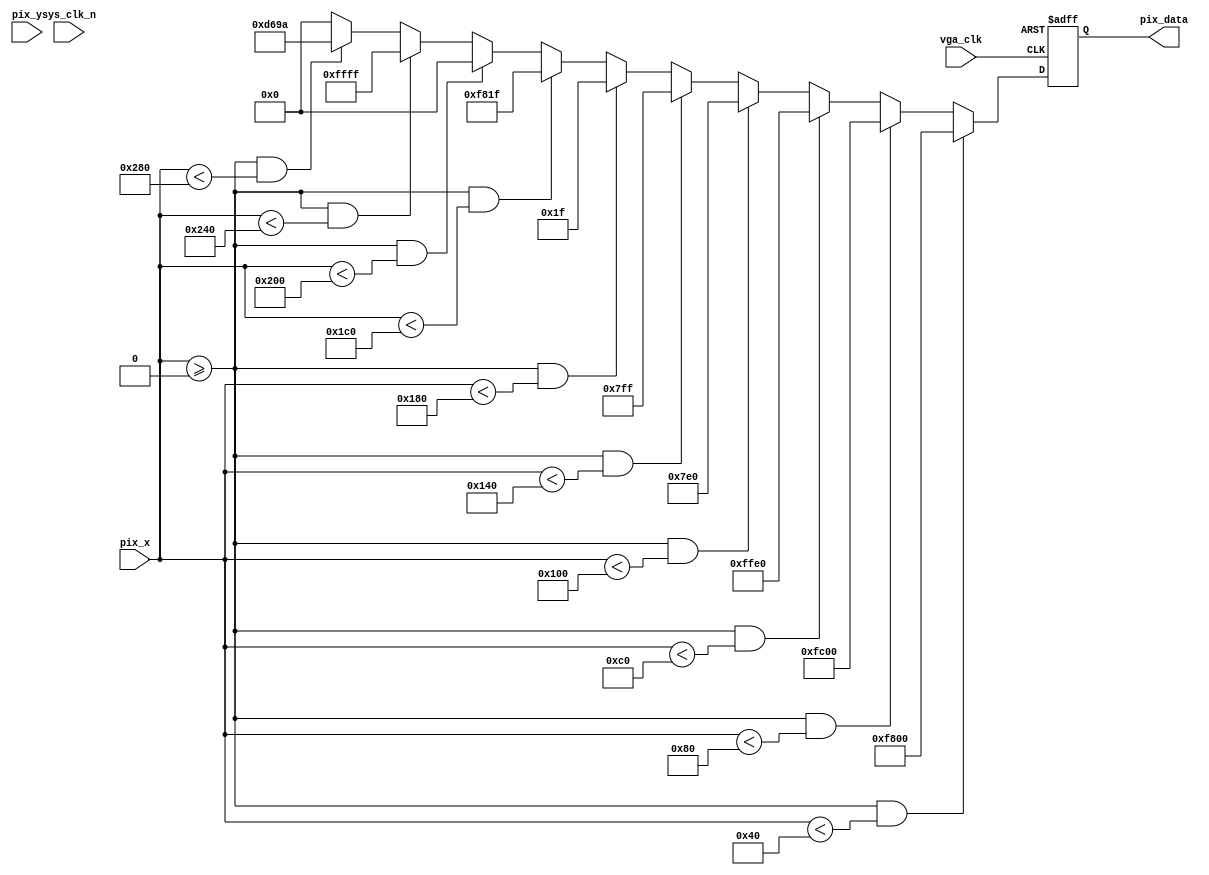
module color_bar(
input   wire            vga_clk,
input   wire            sys_clk_n,
input   wire    [9:0]   pix_x,
input   wire    [9:0]   pix_y,

output  reg     [15:0]  pix_data
);
parameter   H_VALID =10'd640,
            V_VALID =10'd480;
            
parameter   RED     =16'hF800,
            ORANGE  =16'hFC00,
            YELLOW  =16'hFFE0,
            GREEN   =16'h07E0,
            CYAN    =16'h07FF,
            BLUE    =16'h001F,
            PURPPLE =16'hF81F,
            BLACK   =16'h0000,
            WHITE   =16'hFFFF,
            GRAY    =16'hD69A;

always@(posedge vga_clk or negedge sys_rst_n)
    if(!sys_rst_n)
        pix_data<=BLACK;
    else if(pix_x>=0 && pix_x<((H_VALID/10)*1))
            pix_data<=RED;
            else if(pix_x>=0 && pix_x<((H_VALID/10)*2))
            pix_data<=ORANGE;
            else if(pix_x>=0 && pix_x<((H_VALID/10)*3))
            pix_data<=YELLOW;
            else if(pix_x>=0 && pix_x<((H_VALID/10)*4))
            pix_data<=GREEN;
            else if(pix_x>=0 && pix_x<((H_VALID/10)*5))
            pix_data<=CYAN;
            else if(pix_x>=0 && pix_x<((H_VALID/10)*6))
            pix_data<=BLUE;
            else if(pix_x>=0 && pix_x<((H_VALID/10)*7))
            pix_data<=PURPPLE;
            else if(pix_x>=0 && pix_x<((H_VALID/10)*8))
            pix_data<=BLACK;
            else if(pix_x>=0 && pix_x<((H_VALID/10)*9))
            pix_data<=WHITE;
            else if(pix_x>=0 && pix_x<((H_VALID/10)*10))
            pix_data<=GRAY;
            else 
            pix_data<=BLACK;

















endmodule